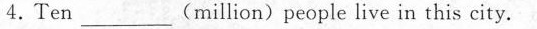
4.Ten___(million)people live in this city.